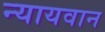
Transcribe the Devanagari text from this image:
न्यायवान